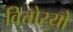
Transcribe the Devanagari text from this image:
वित्तोरयो